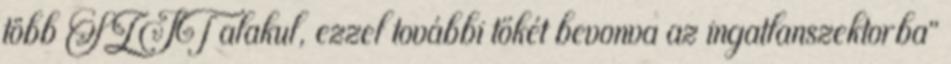
több SZIT alakul, ezzel további tőkét bevonva az ingatlanszektorba”